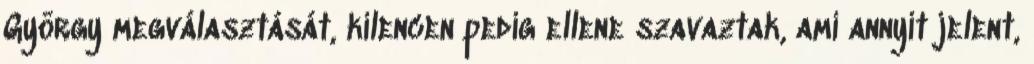
György megválasztását, kilencen pedig ellene szavaztak, ami annyit jelent,